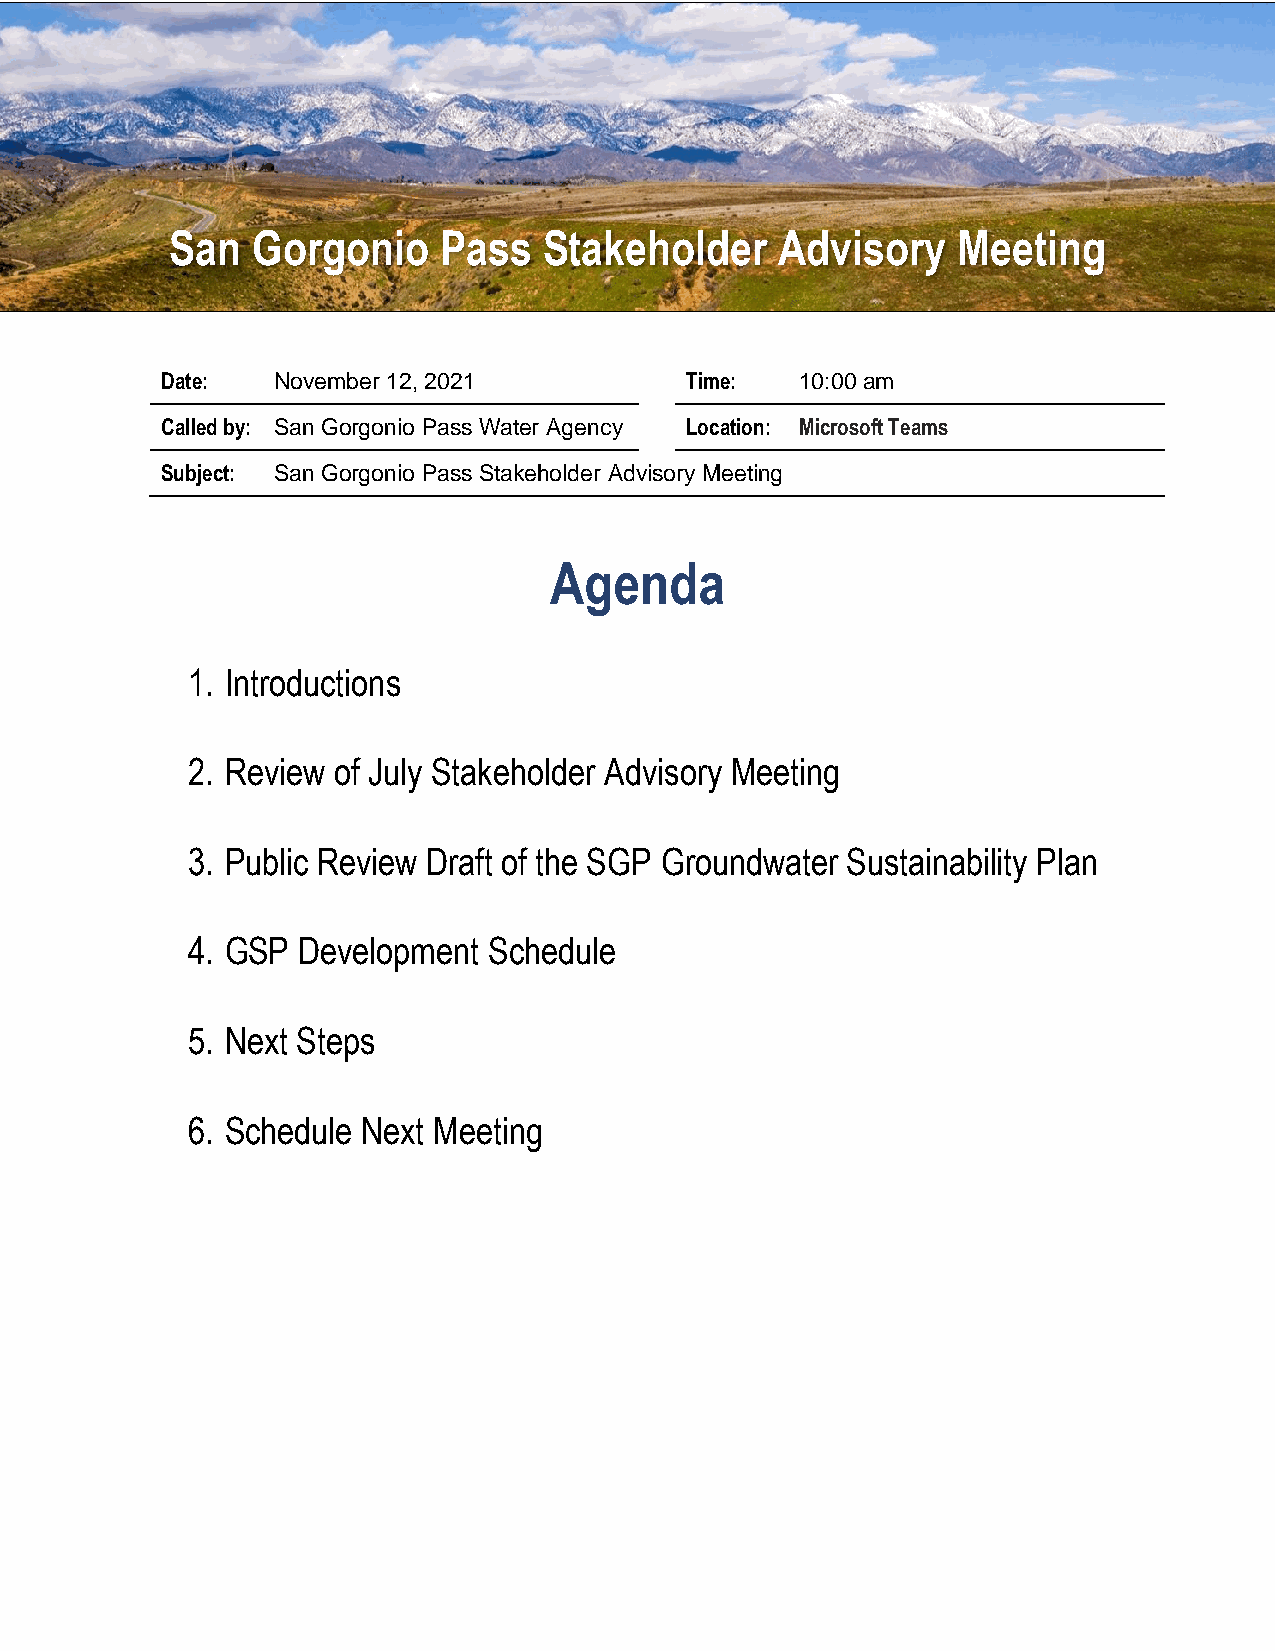
San   Gorgonio    Pass   Stakeholder     Advisory   Meeting
 Date:  November 12, 2021          Time:   10:00 am
 Called by: San Gorgonio Pass Water Agency Location: Microsoft Teams
 Subject: San Gorgonio Pass Stakeholder Advisory Meeting
 Agenda
 1. Introductions
 2. Review of July Stakeholder Advisory Meeting
 3. Public Review Draft of the SGP Groundwater Sustainability Plan
 4. GSP  Development Schedule
 5. Next Steps
 6. Schedule Next Meeting